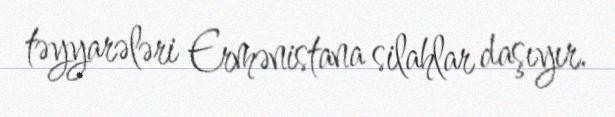
təyyarələri Ermənistana silahlar daşıyır.